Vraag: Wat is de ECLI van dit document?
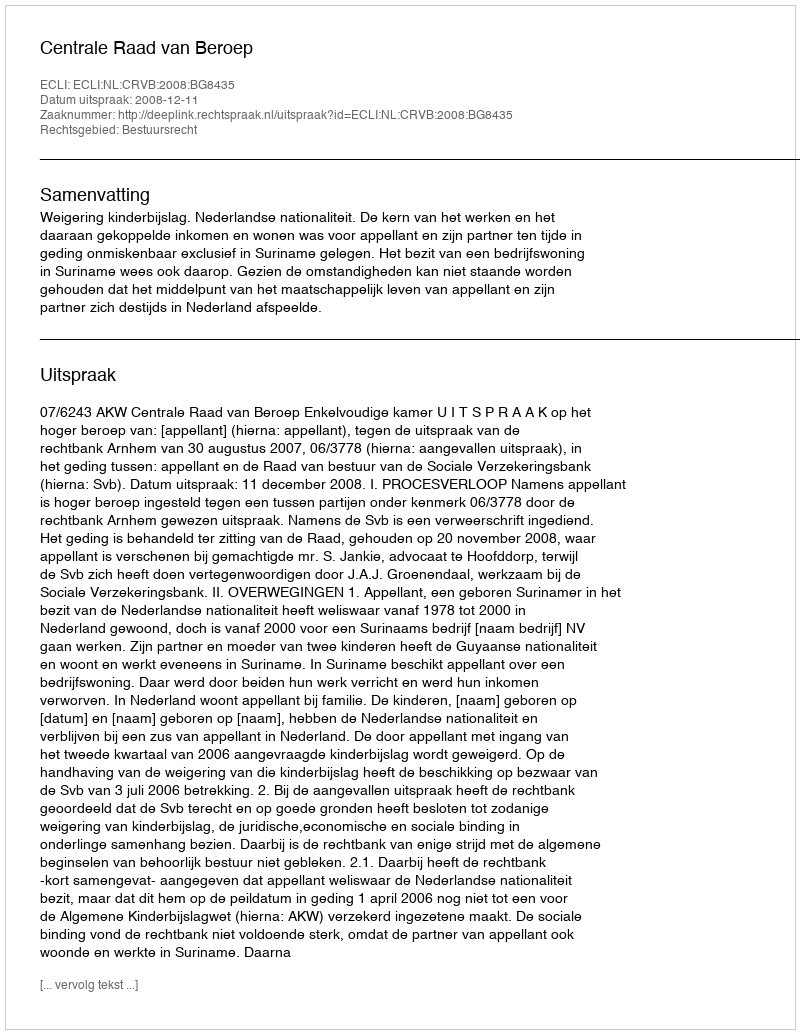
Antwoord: ECLI:NL:CRVB:2008:BG8435